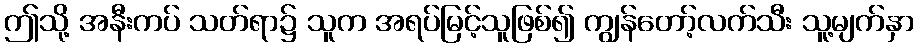
ဤသို့ အနီးကပ် သတ်ရာ၌ သူက အရပ်မြင့်သူဖြစ်၍ ကျွန်တော့်လက်သီး သူ့မျက်နှာ